Magi,_Artur, lk 21
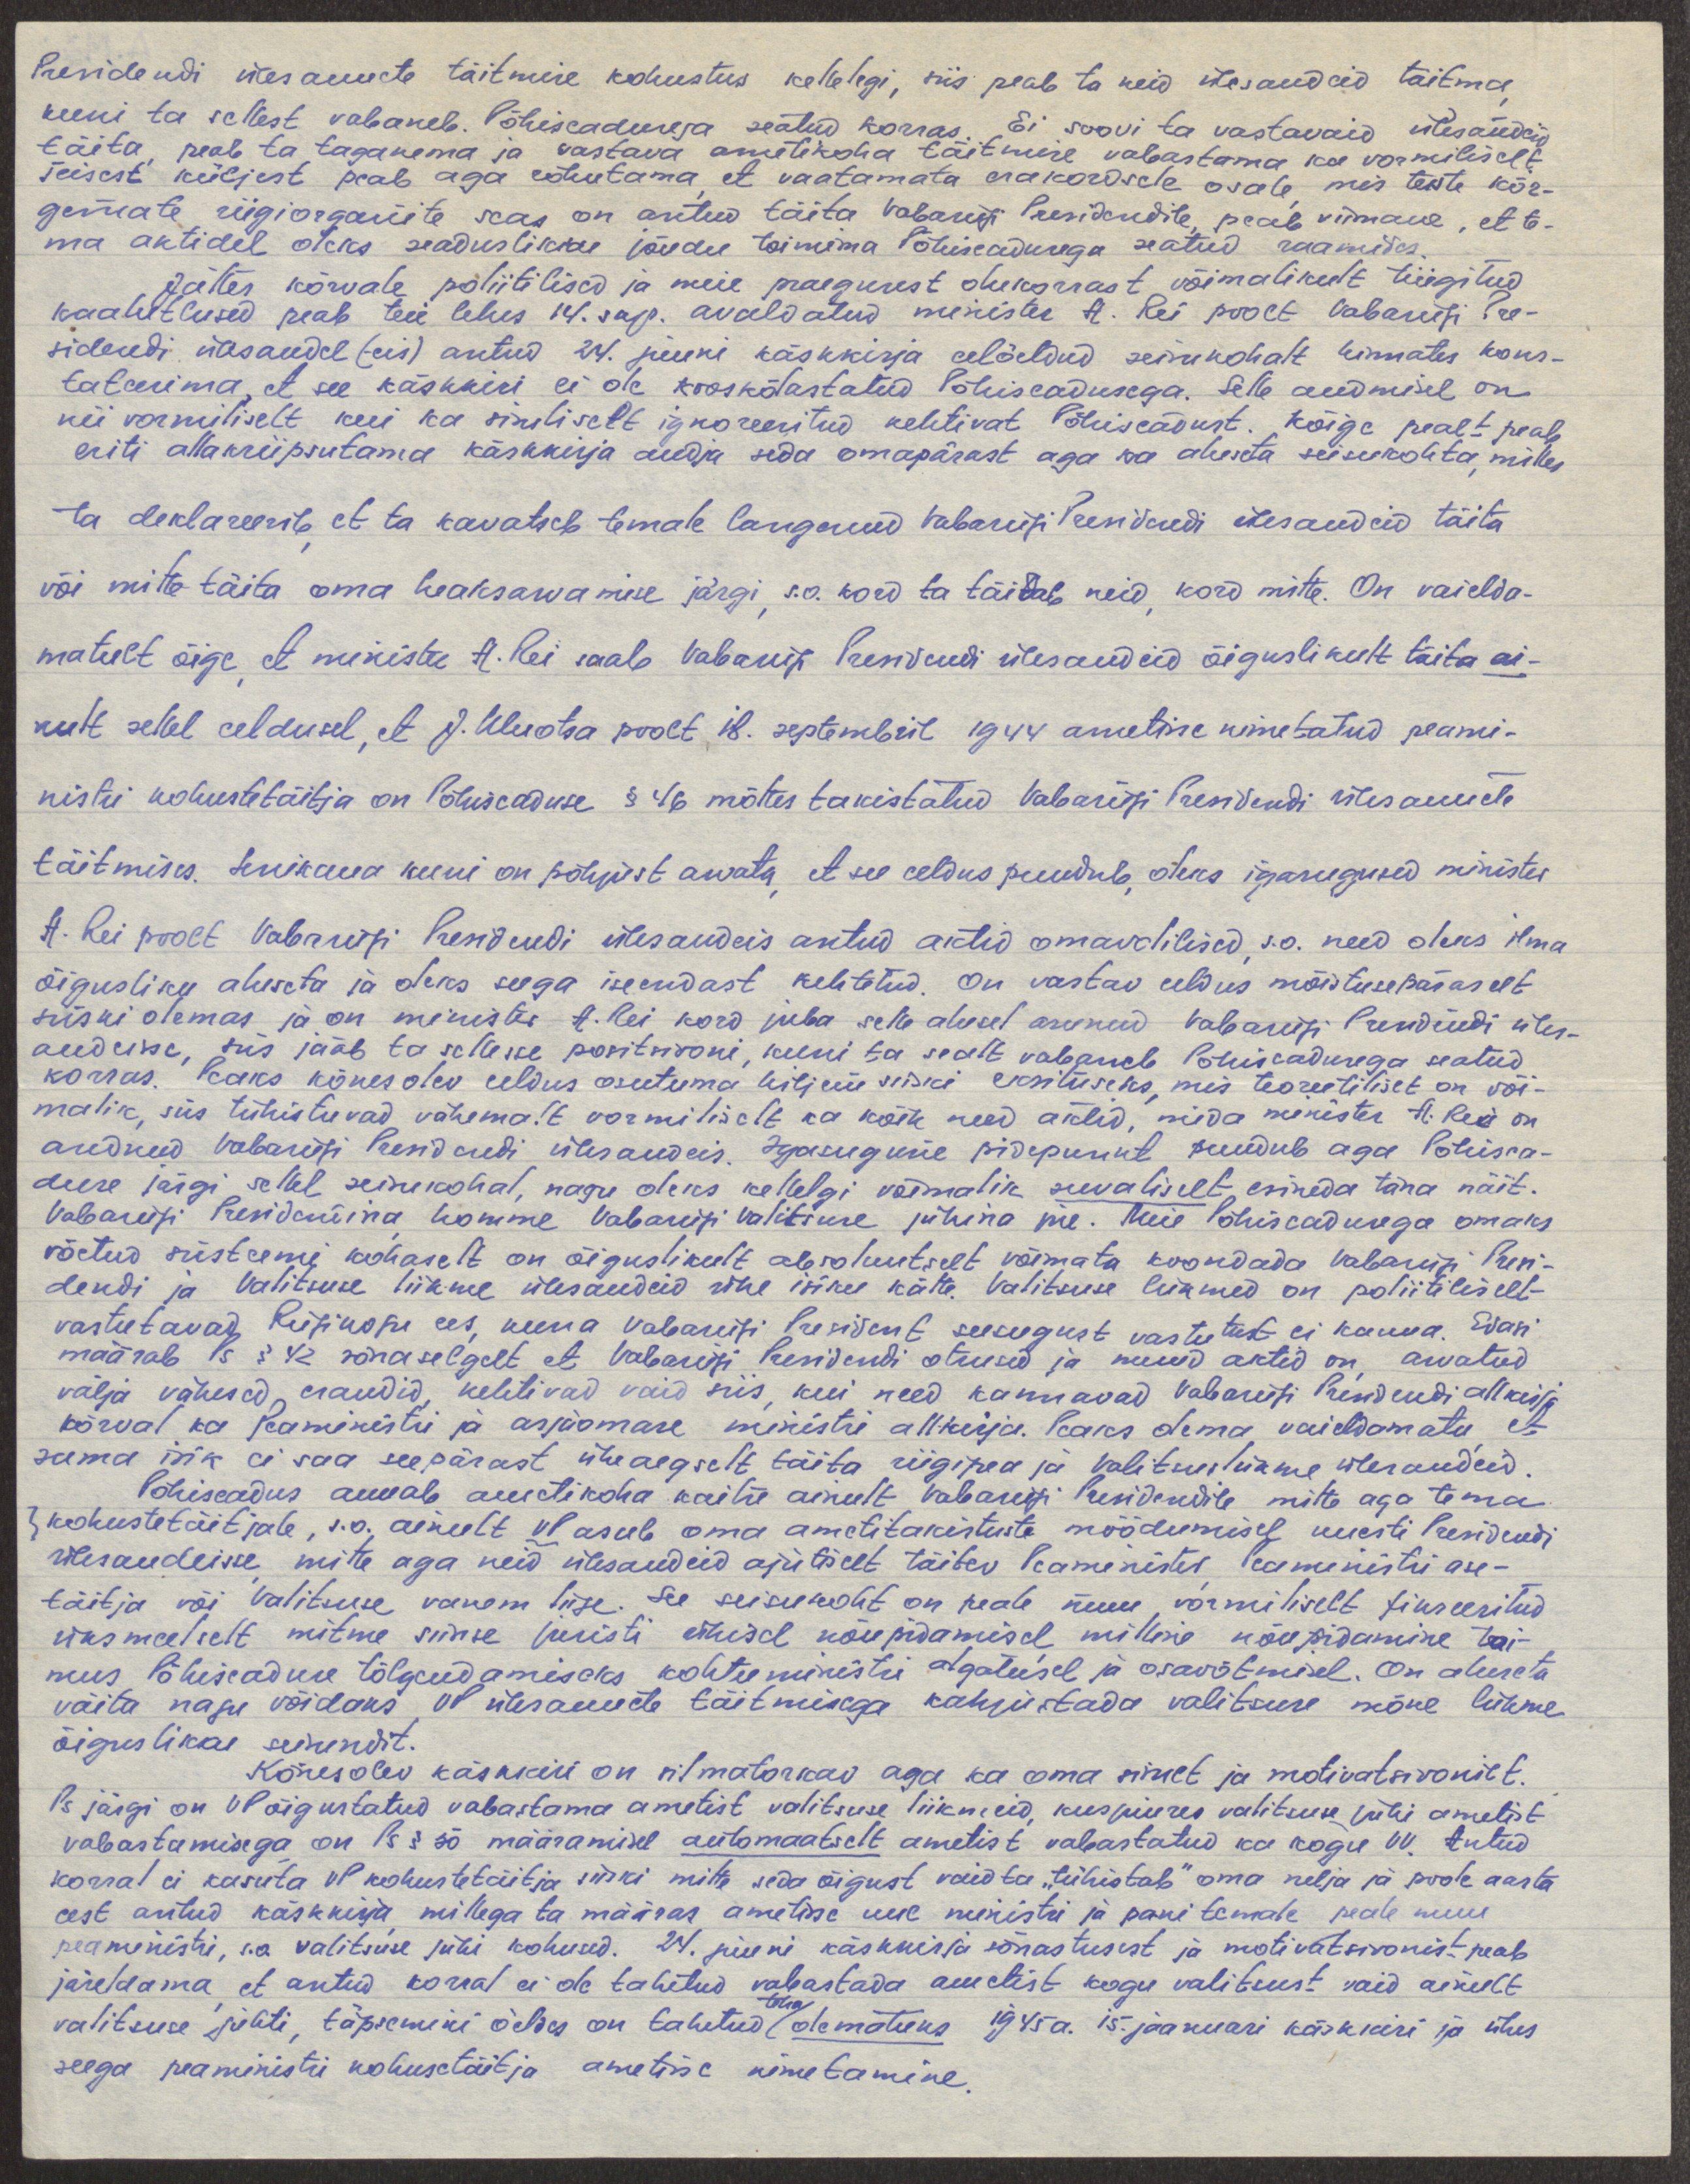
Presidendi ülesannete täitmise kohustus kellelegi, siis peab ta neid ülesandeid täitma,
kuni ta sellest vabaneb. Põhiseadusega seatud korras. Ei soovi ta vastavaid ülesandeid
täita, peab ta taganema ja vastava ametikoha täitmise vabastama ka vormiliselt.
Teisest küljest peab aga rõhutama, et vaatamata erakordsele osale, mis teiste kõr-
gemate riigiorganite seas on antud täita Vabariigi Presidendile, peab viimane, et te-
ma aktidel oleks seaduslikku jõudu toimima Põhiseadusega seatud raamides.
Jättes kõrvale poliitilised ja meie praegusest olukorrast võimalikult tingitud
kaalutlused peab teie lehes 14. sep. avaldatud minister A. Rei poolt Vabariigi Pre-
sidendi ülesandel (-eis) antud 24. juuni käskkirja eelöeldud seisukohalt hinnates kons-
tateerima, et see käskkiri ei ole kooskõlastatud Põhiseadusega. Selle andmisel on
nii vormiliselt kui ka sisuliselt ignoreeritud kehtivat Põhiseadust. Kõige pealt peab
eriti allakriipsutama käskkirja andja seda omapärast aga ka aluseta seisukohta, milles
ta deklareerib, et ta kavatseb temale langenud Vabariigi Presidendi ülesandeid täita
või mitte täita oma heaksarvamise järgi, s.o. kord ta täidab neid, kord mitte. On vaielda-
matult õige, et minister A. Rei saab Vabariigi Presidendi ülesandeid õiguslikult täita ai-
nult sellel eeldusel, et J. Uluotsa poolt 18. septembril 1944 ametisse nimetatud peami-
nistri kohustetäitja on Põhiseaduse § 46 mõttes takistatud Vabariigi Presidendi ülesannete
täitmises. Senikaua kuni on põhjust arvata, et see eeldus puudub, oleks igasugused minister
A. Rei poolt Vabariigi Presidendi ülesandeis antud aktid omavolilised, s.o. need oleks ilma
õigusliku aluseta ja oleks seega iseendast kehtetud. On vastav eeldus mõistusepäraselt
siiski olemas ja on minister A. Rei kord juba selle alusel asunud Vabariigi Presidendi üles-
andeisse, siis jääb ta sellesse positsiooni, kuni ta sealt vabaneb Põhiseadusega seatud
korras. Peaks kõnesolev eeldus osutuma hiljem siiski eksituseks, mis teoreetiliselt on või-
malik, siis tühistuvad vähemalt vormiliselt ka kõik need aktid, mida minister A. Rei on
andnud Vabariigi Presidendi ülesandeis. Igasugune pidepunkt puudub aga Põhisea-
duse järgi sellel seisukohal, nagu oleks kellelgi võimalik suvaliselt esineda täna näit.
Vabariigi Presidendina, homme Vabariigi Valitsuse juhina jne. Meie Põhiseadusega omaks
võetud süsteemi kohaselt on õiguslikult absoluutselt võimata koondada Vabariigi Presi-
dendi ja Valitsuse liikme ülesandeid ühe isiku kätte. Valitsuse liikmed on poliitiliselt
vastutavad Riigikogu ees, kuna Vabariigi President seesugust vastutust ei kanna. Edasi
määrab Ps § 42 sõnaselgalt et Vabariigi Presidendi otsused ja muud aktid on, arvatud
välja vähesed erandid, kehtivad vaid siis, kui need kannavad Vabariigi Presidendi allkirja
kõrval ka Peaministri ja asjaomase ministri allkirja. Peaks olema vaieldamatu, et
sama isik ei saa seepärast üheaegselt täita riigipea ja valitsusliikme ülesandeid.
Põhiseadus annab ametikoha kaitse ainult Vabariigi Presidendile mitte aga tema
/ kohustetäitjale, s.o. ainult VP asub oma ametitakistuste möödumisel uuesti Presidendi
ülesandeisse, mitte aga neid ülesandeid ajutiselt täitev Peaminister, Peaministri ase-
täitja või Valitsuse vanem liige. See seisukoht on peale muu vormiliselt fikseeritud
üksmeelselt mitme siinse juristi ühisel nõupidamisel, milline nõupidamine toi-
mus Põhiseaduse tõlgendamiseks kohtuministri algatusel ja osavõtmisel. On aluseta
väita nagu võidaks VP ülesannete täitmisega kahjustada valitsuse mõne liikme
õiguslikku seisundit.
Kõnesolev käskkiri on silmatorkav aga ka oma sisult ja motivatsioonilt.
Ps järgi on VP õigustatud vabastama ametist valitsuse liikmeid, kusjuures valitsuse juhi ametist
vabastamisega on Ps § 50 määramisel automaatselt ametist vabastatud ka kogu VV. Antud
korral ei kasuta VP kohustetäitja siiski mitte seda õigust vaid ta "tühistab" oma nelja ja poole aasta
eest antud käskkirja, millega ta määras ametisse uue ministri ja pani temale peale muu
peaministri, s.o. valitsuse juhi kohused. 24. juuni käskkirja sõnastusest ja motivatsioonist peab
järeldama, et antud korral ei ole tahetud vabastada ametist kogu valitsust vaid ainult
valitsuse juhti, täpsemini öeldes on tahetud teha olematuks 1945 a. 15. jaanuari käskkiri ja ühes
seega peaministri kohusetäitja ametisse nimetamine.